Plague in India, 1896, 1897 - Volume 1
Year: 1896
Disease focus: Plague
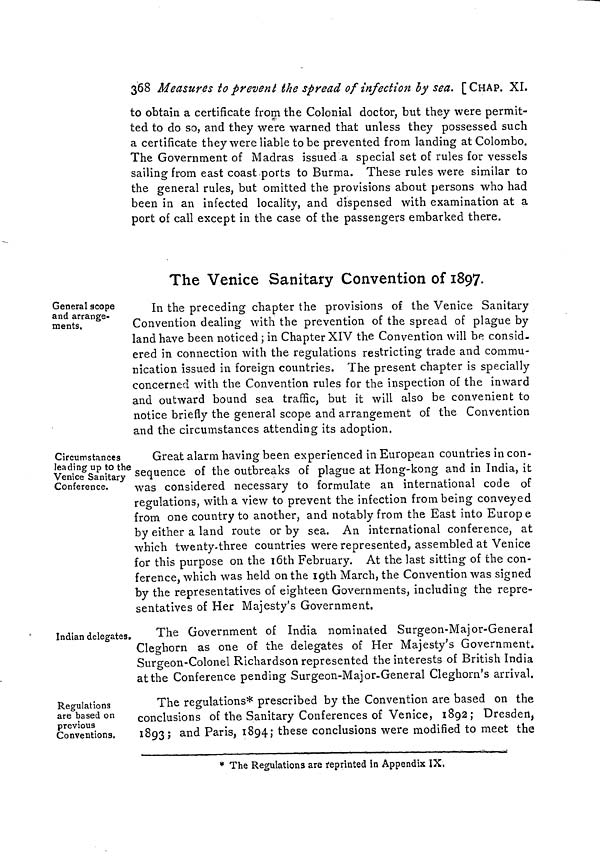
368 Measures to prevent the spread of infection by sea. [CHAP. XI.
to obtain a certificate from the Colonial doctor, but they were permit-
ted to do so, and they were warned that unless they possessed such
a certificate they were liable to be prevented from landing at Colombo.
The Government of Madras issued a special set of rules for vessels
sailing from east coast ports to Burma. These rules were similar to
the general rules, but omitted the provisions about persons who had
been in an infected locality, and dispensed with examination at a
port of call except in the case of the passengers embarked there.
The Venice Sanitary Convention of 1807.
General scope
and arrange-
ments.
In the preceding chapter the provisions of the Venice Sanitary
Convention dealing with the prevention of the spread of plague by
land have been noticed ; in Chapter XIV the Convention will be consid-
ered in connection with the regulations restricting trade and commu-
nication issued in foreign countries. The present chapter is specially
concerned with the Convention rules for the inspection of the inward
and outward bound sea traffic, but it will also be convenient to
notice briefly the general scope and arrangement of the Convention
and the circumstances attending its adoption.
Circumstances
leading up to the
Venice Sanitary
Conference.
Great alarm having been experienced in European countries in con-
sequence of the outbreaks of plague at Hong-kong and in India, it
was considered necessary to formulate an international code of
regulations, with a view to prevent the infection from being conveyed
from one country to another, and notably from the East into Europe
by either a land route or by sea. An international conference, at
which twenty-three countries were represented, assembled at Venice
for this purpose on the 16th February. At the last sitting of the con-
ference, which was held on the 19th March, the Convention was signed
by the representatives of eighteen Governments, including the repre-
sentatives of Her Majesty's Government.
Indian delegates.
The Government of India nominated Surgeon-Major-General
Cleghorn as one of the delegates of Her Majesty's Government.
Surgeon-Colonel Richardson represented the interests of British India
at the Conference pending Surgeon-Major-General Cleghorn's arrival.
Regulations
are based on
previous
Conventions.
The regulations* prescribed by the Convention are based on the
conclusions of the Sanitary Conferences of Venice, 1892; Dresden,
1893; and Paris, 1894; these conclusions were modified to meet the
* The Regulations are reprinted in Appendix IX.